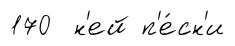
170 н'ей п'е́сн'и